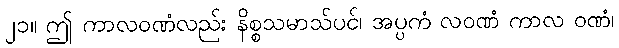
၂၁။ ဤ ကာလဝဏံလည်း နိစ္စသမာသ်ပင်၊ အပ္ပကံ လဝဏံ ကာလ ဝဏံ၊